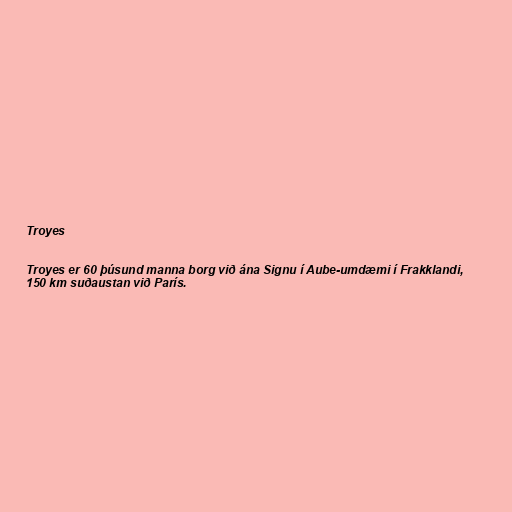
Troyes

Troyes er 60 þúsund manna borg við ána Signu í Aube-umdæmi í Frakklandi,
150 km suðaustan við París.